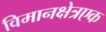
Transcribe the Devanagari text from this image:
विमानक्षेत्रएक